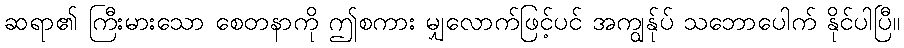
ဆရာ၏ ကြီးမားသော စေတနာကို ဤစကား မျှလောက်ဖြင့်ပင် အကျွန်ုပ် သဘောပေါက် နိုင်ပါပြီ။